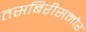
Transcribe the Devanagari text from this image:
तसबिरीसमोर